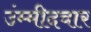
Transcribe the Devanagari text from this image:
उंम्मीदवार